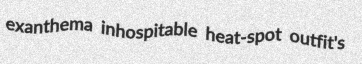
exanthema inhospitable heat-spot outfit's